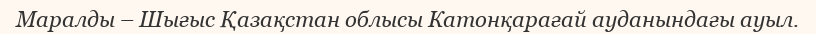
Маралды – Шығыс Қазақстан облысы Катонқарағай ауданындағы ауыл.